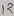
Text: 12